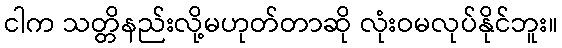
ငါက သတ္တိနည်းလို့မဟုတ်တာဆို လုံးဝမလုပ်နိုင်ဘူး။